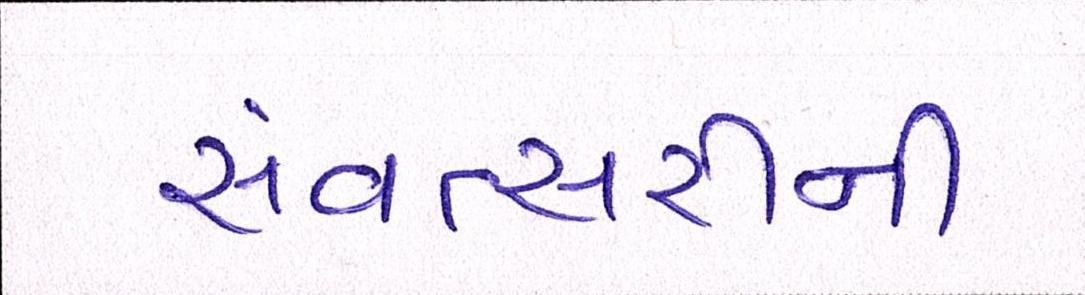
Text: સંવત્સરીની